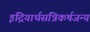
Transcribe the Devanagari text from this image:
इंद्रियार्थसंन्निकर्षजन्य